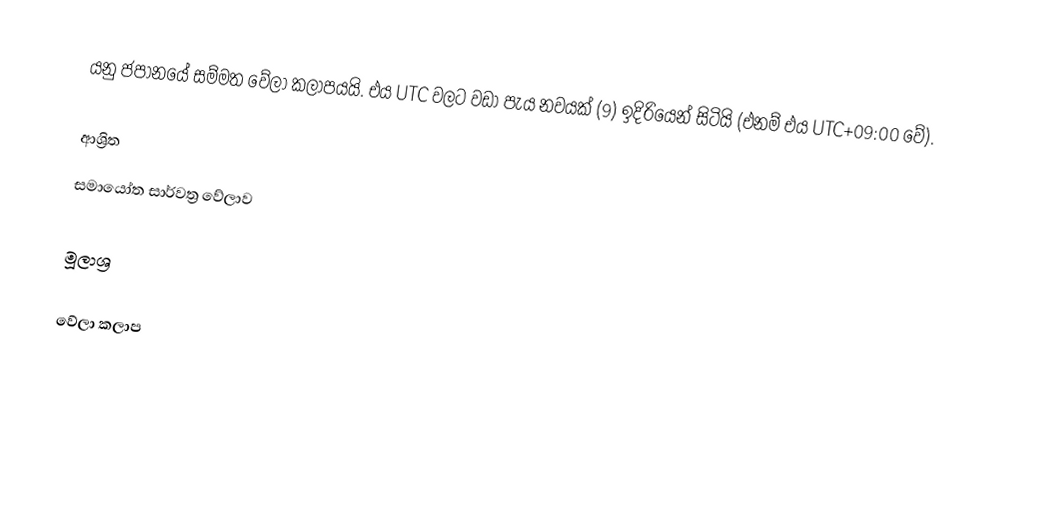
යනු  ජපානයේ සම්මත වේලා කලාපයයි. එය UTC වලට වඩා පැය නවයක් (9) ඉදිරියෙන් සිටියි (එනම් එය UTC+09:00 වේ).

ආශ්‍රිත
 සමායෝත සාර්වත්‍ර වේලාව

මූලාශ්‍ර

වේලා කලාප